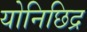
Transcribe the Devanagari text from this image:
योनिछिद्र